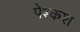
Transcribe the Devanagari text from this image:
पेश्कश